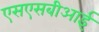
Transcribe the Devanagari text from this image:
एसएसबीआई